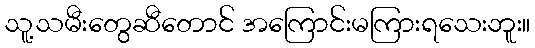
သူ့သမီးတွေဆီတောင် အကြောင်းမကြားရသေးဘူး။